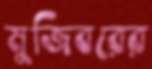
মুজিবরের